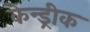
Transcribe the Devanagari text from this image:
केन्ड्रीक